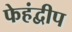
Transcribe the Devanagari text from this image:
फेहंद्वीप